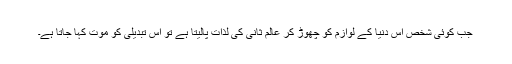
جب کوئی شخص اِس دنیا کے لوازم کو چھوڑ کر عالَمِ ثانی کی لذّات پالیتا ہے تو اِس تبدیلی کو موت کہا جاتا ہے۔